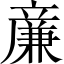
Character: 亷